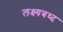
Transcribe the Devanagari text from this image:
लक्ष्यबध्द